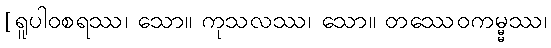
[ရူပါဝစရဿ၊ သော။ ကုသလဿ၊ သော။ တဿေဝကမ္မ္မဿ၊